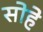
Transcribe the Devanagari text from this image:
सोहे